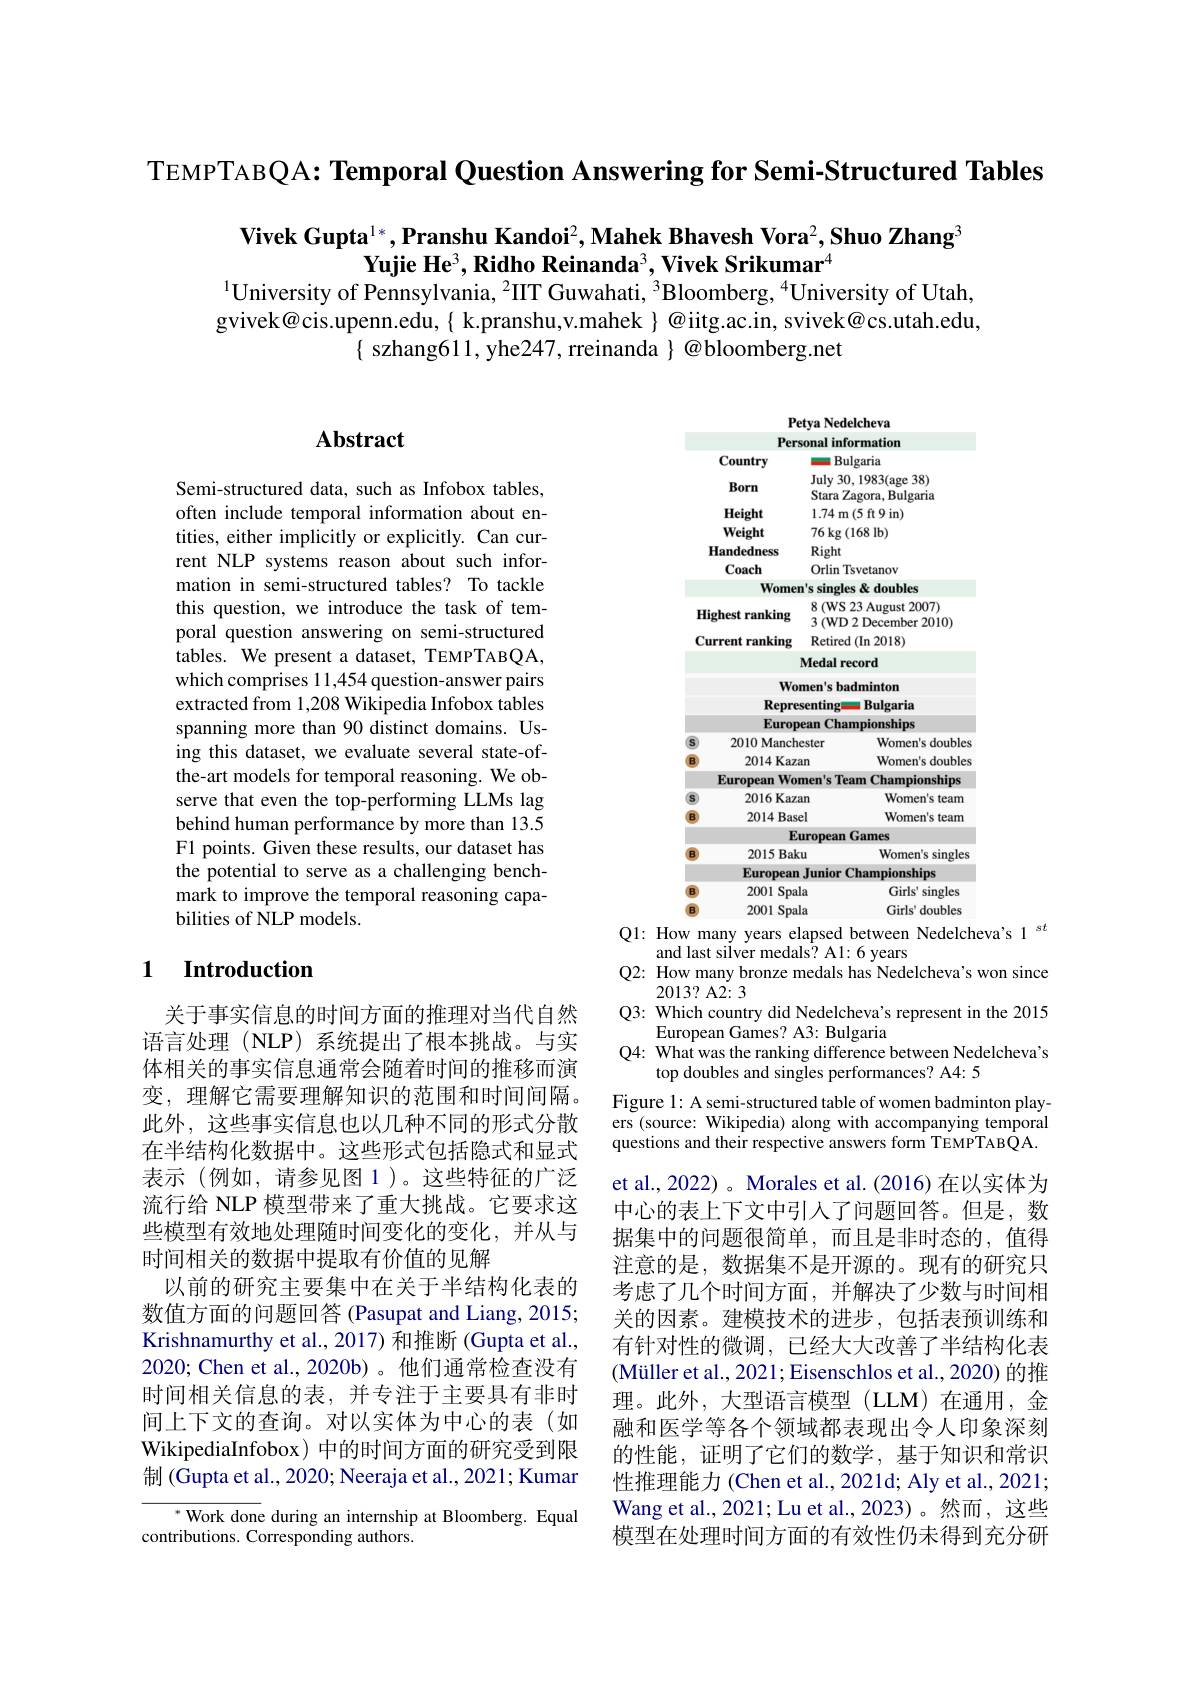
TEMPTABQA: Temporal Question Answering for Semi-Structured Tables

Vivek Gupta$^1*,\textbf{Pranshu Kandoi}^2,\textbf{Mahek Bhavesh Vora}^2,\textbf{Shuo Zhang}^3$
$\textbf{Yujie He}^3,\textbf{Ridho Reinanda}^3,\textbf{Vivek Srikumar}^4$
$^{1}$University of Pennsylvania, $^{2}$IIT Guwahati, $^{3}$Bloomberg, $^{4}$University of Utah, gvivek@cis.upenn.edu, $\{$ k.pranshu,v.mahek $\}$ @iitg.ac.in, svivek@cs.utah.edu,
$\{$ szhang611, yhe247, rreinanda $\}@$bloomberg.net

# Abstract

Semi-structured data, such as Infobox tables, often include temporal information about entities, either implicitly or explicitly. Can current NLP systems reason about such information in semi-structured tables? To tackle this question, we introduce the task of temporal question answering on semi-structured tables. We present a dataset, TEMPTABQA, which comprises 11,454 question-answer pairs extracted from 1,208 Wikipedia Infobox tables spanning more than 90 distinct domains. Using this dataset, we evaluate several state-ofthe-art models for temporal reasoning. We observe that even the top-performing LLMs lag behind human performance by more than 13.5 F1 points. Given these results, our dataset has the potential to serve as a challenging benchmark to improve the temporal reasoning capabilities of NLP models.

## 1 $\textbf{Introduction}$

关于事实信息的时间方面的推理对当代自然语言处理(NLP)系统提出了根本挑战。与实体相关的事实信息通常会随着时间的推移而演变，理解它需要理解知识的范围和时间间隔。此外，这些事实信息也以几种不同的形式分散在半结构化数据中。这些形式包括隐式和显式表示(例如，请参见图1)。这些特征的广泛流行给 NLP 模型带来了重大挑战。它要求这些模型有效地处理随时间变化的变化，并从与时间相关的数据中提取有价值的见解
以前的研究主要集中在关于半结构化表的数值方面的问题回答 (Pasupat and Liang, 2015; Krishnamurthy et al., 2017) 和推断 (Gupta et al., 2020; Chen et al., 2020b)。他们通常检查没有时间相关信息的表，并专注于主要具有非时间上下文的查询。对以实体为中心的表(如WikipediaInfobox) 中的时间方面的研究受到限制 (Gupta et al., 2020; Neeraja et al., 2021; Kumar

$^{*}$ Work done during an internship at Bloomberg. Equal
contributions. Corresponding authors.

Petya Nedelcheva Personal information
Country
一 Bulgaria
July 30, 1983(age 38)
Born
Stara Zagora, Bulgaria
1.74 m(5 ft 9 in)
Height Weight
76 kg (168 Ib)
Handedness
Right
Coach
Orlin Tsvetanov
Women's singles & doubles
Highest ranking $\begin{array}{ll}&8\text{(WS 23 August 2007)}\\&3\text{(WD 2 December 2010)}\end{array}$
Current ranking Retired (In 2018)
Medal record
Women's badminton Representing— Bulgaria European Championships
2010 Manchester
Women's doubles
2014 Kazan
Women's doubles
European Women's Team Championships
2016 Kazan
S
Women's team
$\textcircled{B}$
2014 Baseling 2014 Basel
Women's team
EuropeanGames
2015 Baku
B
Women's singles
European Junior Championships
B
2001 Spala
Girls' singles
$\textcircled{B}$
2001 Spala
Girls' doubles
Q1: How many years elapsed between Nedelcheva's 1 st
and last silver medals? A1: 6 years
Q2: How many bronze medals has Nedelcheva's won since
2013? A2: 3
Q3: Which country did Nedelcheva's represent in the 2015
European Games? A3: Bulgaria
Q4: What was the ranking difference between Nedelcheva's
top doubles and singles performances? A4: 5
Figure 1: A semi-structured table of women badminton players (source: Wikipedia) along with accompanying temporal questions and their respective answers form TEMPTABQA. et al., 2022) 。Morales et al. (2016) 在以实体为中心的表上下文中引入了问题回答。但是，数据集中的问题很简单，而且是非时态的，值得注意的是，数据集不是开源的。现有的研究只考虑了几个时间方面，并解决了少数与时间相关的因素。建模技术的进步，包括表预训练和有针对性的微调，已经大大改善了半结构化表(Müller et al., 2021; Eisenschlos et al., 2020) 的推理。此外，大型语言模型(LLM)在通用，金融和医学等各个领域都表现出令人印象深刻的性能，证明了它们的数学，基于知识和常识性推理能力 (Chen et al., 2021d; Aly et al., 2021; Wang et al., 2021; Lu et al., 2023)。然而，这些模型在处理时间方面的有效性仍未得到充分研